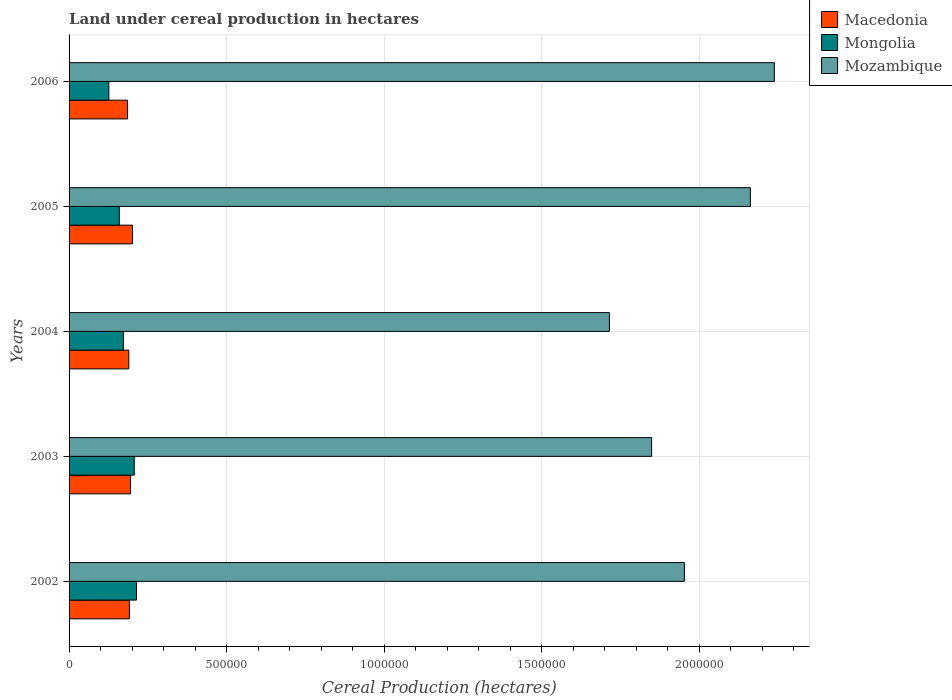
| Years | Macedonia | Mongolia | Mozambique |
 | --- | --- | --- | --- |
 | 2002 | 1.92e+05 | 2.14e+05 | 1.95e+06 |
 | 2003 | 1.95e+05 | 2.07e+05 | 1.85e+06 |
 | 2004 | 1.9e+05 | 1.73e+05 | 1.72e+06 |
 | 2005 | 2.01e+05 | 1.59e+05 | 2.16e+06 |
 | 2006 | 1.86e+05 | 1.26e+05 | 2.24e+06 |